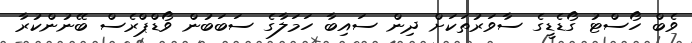
ވެބް ހޯސްޓު ގޯޑެޑީގެ ސާވަރުތަކަށް ދިން ސައިބާ ހަމަލާގެ ސަބަބުން ވޯޑްޕްރެސް ބޭނުންކުރާ